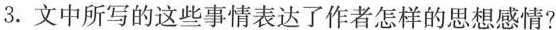
3.文中所写的这些事情表达了作者怎样的思想感情?